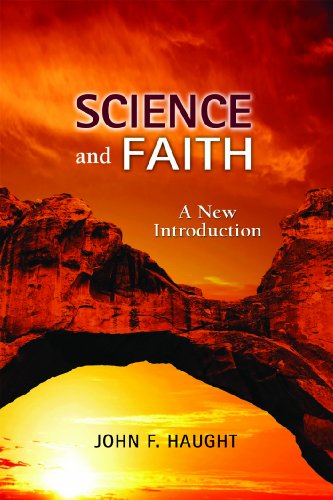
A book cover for Science and Faith: A New Introduction; John Haught; Religion & Spirituality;